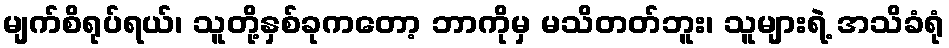
မျက်စိရုပ်ရယ်၊ သူတို့နှစ်ခုကတော့ ဘာကိုမှ မသိတတ်ဘူး၊ သူများရဲ့ အသိခံရုံ